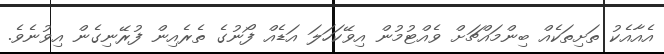
އެއާއެކު ތަށިތަކެއް ބިންމައްޗަށް ވެއްޓުމުން އިވޭކަހަލަ އަޑެއް ފޯނުގެ ތެރެއިން ފުރޭނިގެން އިވުނެވެ.